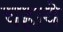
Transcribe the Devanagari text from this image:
चहाये